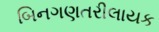
બિનગણતરીલાયક